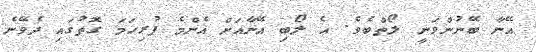
އޭނާ ބޭނުންވަނީ ލޯތްބެވެ. އެ ލޯބި އޭނާއަށް އެންމެ ފުރިހަމަ ގޮތުގައި ދެވޭނެ